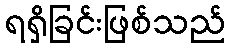
ရရှိခြင်းဖြစ်သည်